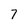
Character: 7